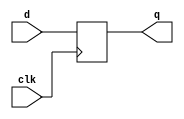
module d_ff(q,clk,d);
input d,clk;
output reg q;
always @(posedge clk)
begin
q<=d;
end
endmodule

module siso (out,clk,in);
input in,clk;
output out;

d_ff d1 (q0,clk,in);
d_ff d2 (q1,clk,q0);
d_ff d3 (q2,clk,q1);
d_ff d4 (out,clk,q2);


endmodule